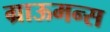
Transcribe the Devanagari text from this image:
ग्राऊमन्स